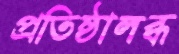
প্রতিষ্ঠালব্ধ